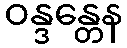
ဝန္ဒန္တေန